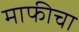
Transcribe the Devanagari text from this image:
माफीचा